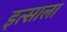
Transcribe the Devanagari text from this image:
इत्साला